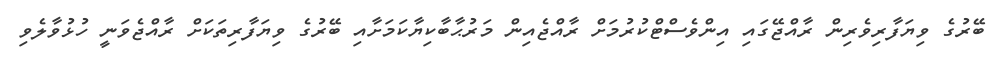
ބޭރުގެ ވިޔަފާރިވެރިން ރާއްޖޭގައި އިންވެސްޓްކުރުމަށް ރާއްޖެއިން މަރުޙާބާކިޔާކަމަށާއި ބޭރުގެ ވިޔަފާރިތަކަށް ރާއްޖެވަނީ ހުޅުވާލެވި